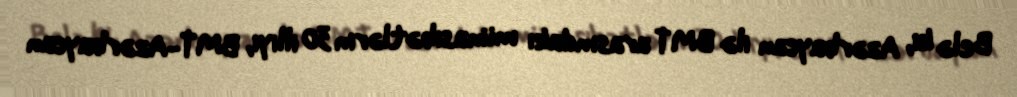
Belə ki, Azərbaycan ilə BMT arasındakı münasibətlərin 30 illiyi, BMT-Azərbaycan